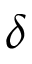
\delta